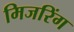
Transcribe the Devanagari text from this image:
मिजरिंग